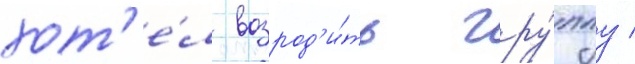
хот'е́л возрод'и́ть гру́ппу /